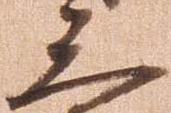
三